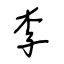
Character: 李